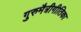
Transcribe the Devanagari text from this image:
गुरुमैत्रीगीतिका